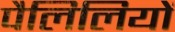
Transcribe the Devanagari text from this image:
पैलिलियों